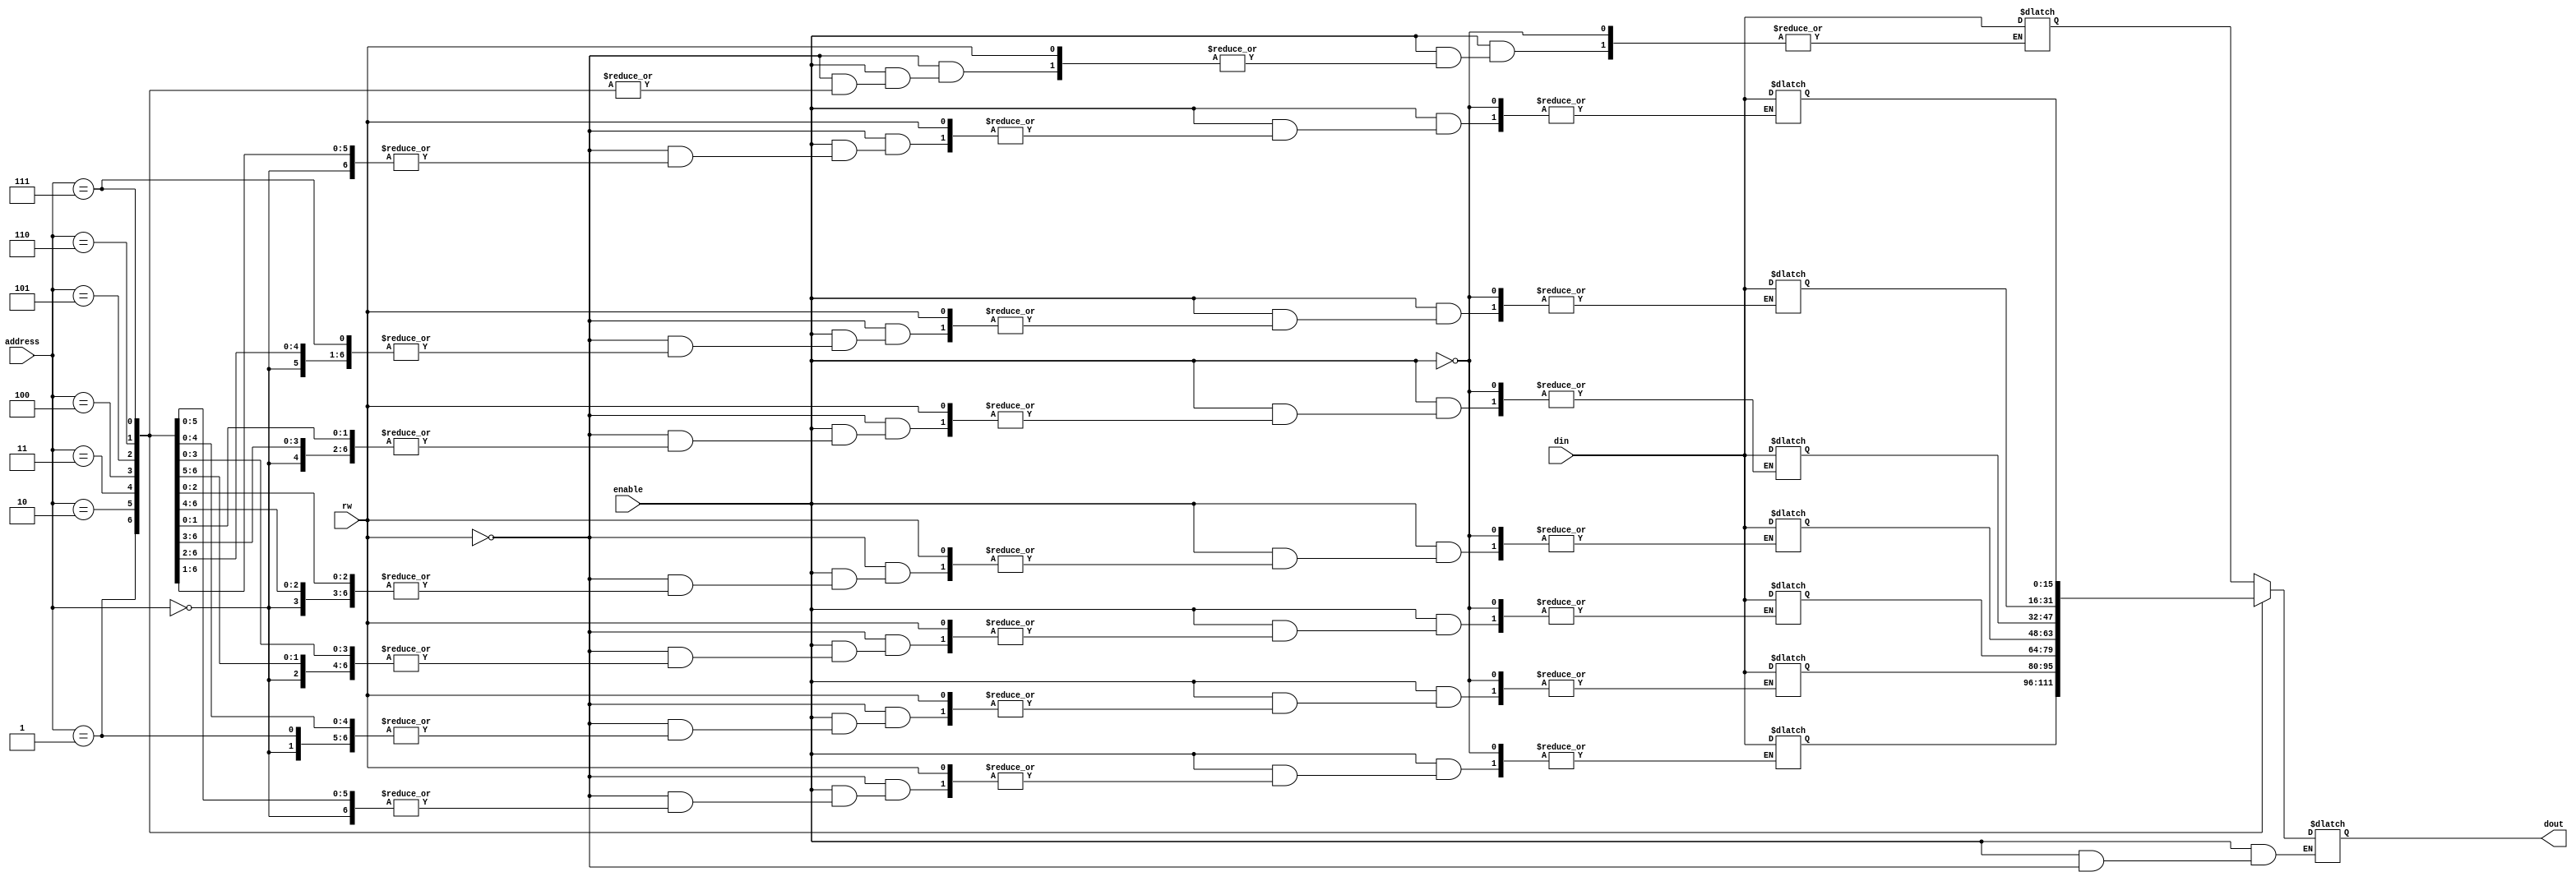
// 8 * 16 RAM
module Ram(enable, rw, address, din, dout);
    input enable;
    input rw; // rw=1 read, rw=0 write
    input [2:0] address;
    input [15:0] din;
    output reg [15:0] dout;

    reg [15:0] mem[0:7];

    always@(*) begin
        if(enable)
            if(rw)
                dout = mem[address]; // Read from address
            else
                mem[address] = din;  // Write to address
        else
            dout = 16'bz;
    end
endmodule